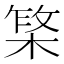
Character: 𬃥